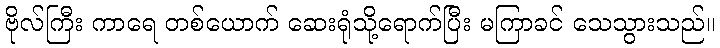
ဗိုလ်ကြီး ကာရေ တစ်ယောက် ဆေးရုံသို့ရောက်ပြီး မကြာခင် သေသွားသည်။